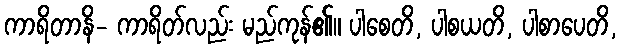
ကာရိတာနိ- ကာရိတ်လည်း မည်ကုန်၏။ ပါစေတိ, ပါစယတိ, ပါစာပေတိ,